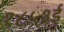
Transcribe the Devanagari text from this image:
१८५३ई